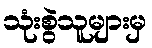
သုံးစွဲသူများမှ